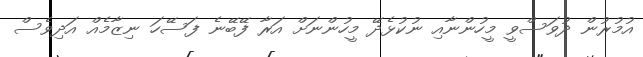
އުމުރުން ދުވަސްވީ މީހުންނާއި ނުކުޅެދޭ މީހުންނަށް އަރާ ފޭބޭނެ ފަސޭހަ ނިޒާމެއް އަދިވެސް